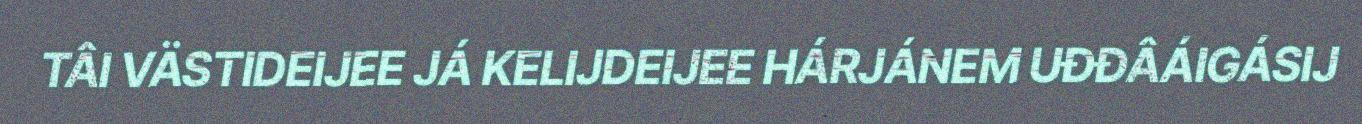
TÂI VÄSTIDEIJEE JÁ KELIJDEIJEE HÁRJÁNEM UĐĐÂÁIGÁSIJ